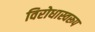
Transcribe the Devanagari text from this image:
विरोधास्वरूप